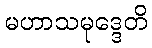
မဟာသမုဒ္ဒေတိ